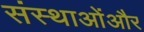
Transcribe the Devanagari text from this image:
संस्थाओंऔर